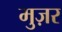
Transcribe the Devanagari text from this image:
मुज़र